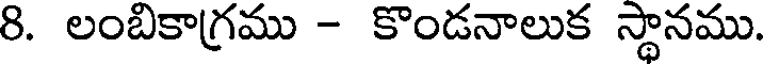
8. లంబికాగ్రము - కొండనాలుక స్థానము.